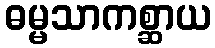
ဓမ္မသာကစ္ဆာယ